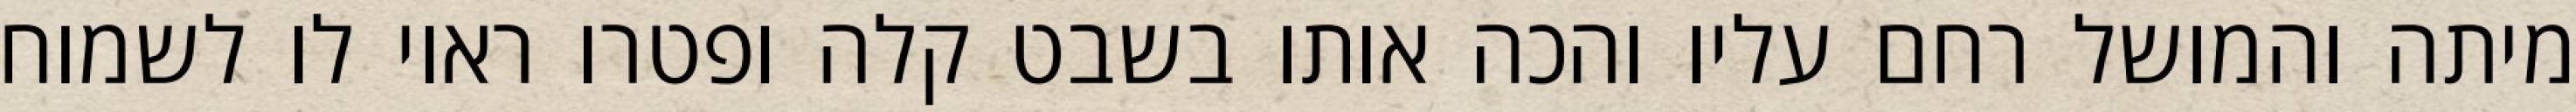
מיתה והמושל רחם עליו והכה אותו בשבט קלה ופטרו ראוי לו לשמוח